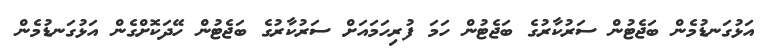
އަޅުގަނޑުމެން ބަޖެޓުން ސަރުކާރުގެ ބަޖެޓުން ހަމަ ފުރިހަމައަށް ސަރުކާރުގެ ބަޖެޓުން ހޭދަކޮށްގެން އަޅުގަނޑުމެން